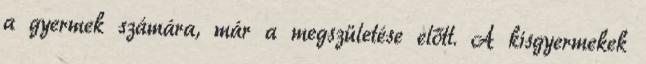
a gyermek számára, már a megszületése előtt. A kisgyermekek